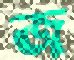
জ